Vaccine operations Central Provinces & Berar 1912-1920 - 1912-1920
Year: 1912
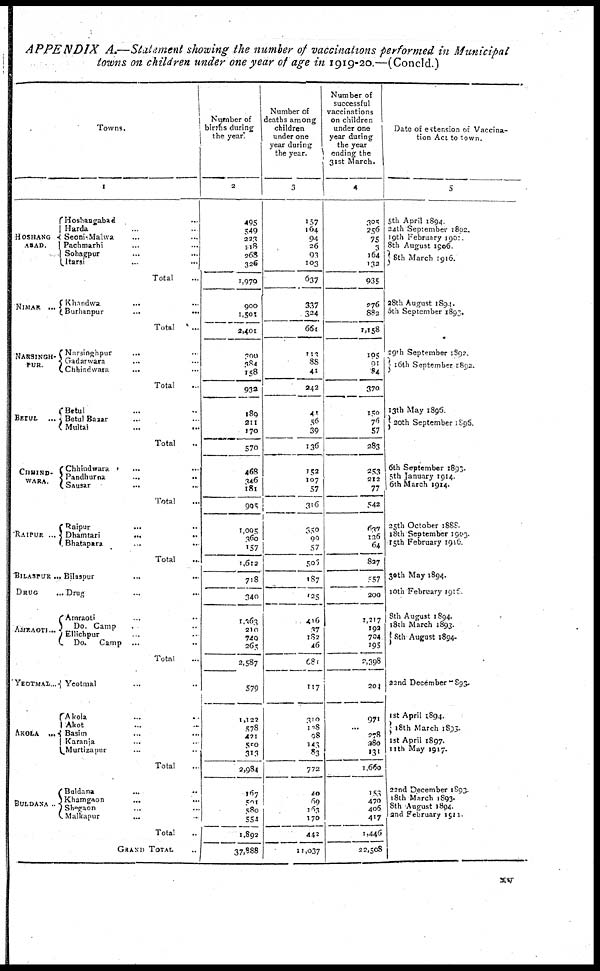
APPENDIX A.—Statement showing the number of vaccinations performed in Municipal
towns on children under one year of age in 1919-20.—(Concld.)
Towns.
1
HOSHANG-
ABAD.
NlMAR ...
NARSINGH-
PUR.
BETUL
...
CHHIND-
WARA.
RAIPUR ...
BILASPUR...
DRUG...
AMRAOTI ...
YEOTMAL...
AKOLA...
BULDANA ..
Hoshangabad... ...
Harda... ...
Seoni-Malwa... ...
Pachmarhi... ...
Sohagpur... ...
Itarsi... ...
Total...
Khandwa... ...
Burhanpur...
...
Total...
Narsinghpur...
...
Gadarwara... ...
Chhindwara... ...
Total...
Betul... ...
Betul Bazar... ...
Multai... ...
Total...
Chhindwara... ...
Pandhurna...
...
Sausar... ...
Total...
Raipur...
...
Dhamtari... ...
Bhatapara... ...
Total...
Bilaspur... ...
Drug... ...
Amraoti... ...
Do. Camp... ...
Ellichpur... ...
Do. Camp ...
Total...
Yeotmal... ...
Akola... ...
Akot... ...
Basim... ...
Karanja... ...
Murtizapur... ...
Total...
Buldana... ...
Khamgaon... ...
Shegaon... ...
Malkapur... ...
Total...
GRAND TOTAL...
Number of
births during
the year.
2
495
549
223
118
268
326
1,970
900
1,501
2,401
300
384
158
932
189
211
170
570
468
346
181
995
1,005
360
157
1,612
718
340
1,363
210
740
263
2,587
579
1,122
578
421
550
313
2,984
167
591
580
554
1,892
37,888
Number of
deaths among
children
under one
year during
the year.
3
157
164
94
26
93
103
637
337
324
661
113
88
41
242
41
56
39
136
152
107
57
316
350
99
57
506
187
125
416
37
182
46
681
117
310
108
98
143
83
772
40
69
163
170
442
11,037
Number of
successful
vaccinations
on children
under one
year during
the year
ending the
31st March.
4
305
256
75
3
164
132
935
276
882
1,158
105
91
84
370
150
76
57
283
253
212
77
542
637
126
64
827
557
200
1,217
192
704
195
2,398
204
971
...
278
980
131
1,660
153
470
406
417
1,446
22,508
Date of extension of Vaccina-
tion Act to town.
5
5th April 1894
24th September 1802.
19th February 1901.
8th August 1906.
8th March 1916.
28th August 1894.
5th September 1890.
29th September 1892.
16th September 1892.
13th May 1896.
20th September 1895.
6th September 1893.
5th January 1914.
6th March 1914.
25th October 1888.
18th September 1903.
15th February 1916.
30th May 1894.
10th February 1916.
8th August 1894.
18th March 1893.
8th August 1894.
22nd December 1893.
1st April 1894.
18th March 1893.
1st April 1897.
11th May 1917.
22nd December 1893.
18th March 1893.
8th August 1894.
2nd February 1911.
xv